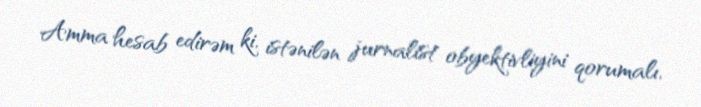
Amma hesab edirəm ki, istənilən jurnalist obyektivliyini qorumalı,